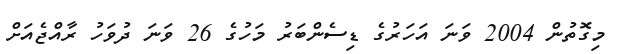
މިގޮތުން 2004 ވަނަ އަހަރުގެ ޑިސެންބަރު މަހުގެ 26 ވަނަ ދުވަހު ރާއްޖެއަށް